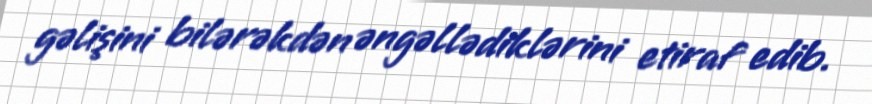
gəlişini bilərəkdən əngəllədiklərini etiraf edib.